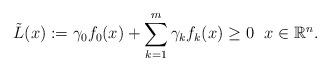
LaTeX: \begin{align*} \Tilde{L}(x):=\gamma_0f_0(x)+\sum\limits_{k=1}^m\gamma_kf_k(x)\ge0\ \ x\in\mathbb{R}^n.\end{align*}